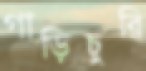
গাড়িচুরি